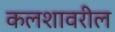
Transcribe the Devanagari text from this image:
कलशावरील